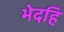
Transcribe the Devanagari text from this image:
भेदहि